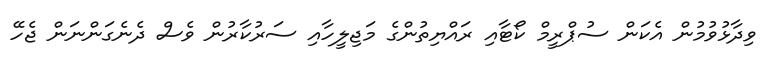
ވިދާޅުވުމުން އެކަން ސުޕްރީމް ކޯޓާއި ރައްޔިތުންގެ މަޖިލީހާއި ސަރުކާރުން ވެސް ދެނެގަންނަން ޖެހޭ